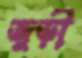
জুড়ী